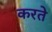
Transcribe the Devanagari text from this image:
करतेे